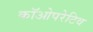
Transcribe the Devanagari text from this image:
कॉओपरेटिव